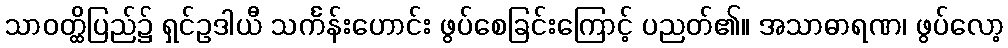
သာဝတ္ထိပြည်၌ ရှင်ဥဒါယီ သင်္ကန်းဟောင်း ဖွပ်စေခြင်းကြောင့် ပညတ်၏။ အသာဓာရဏ၊ ဖွပ်လော့